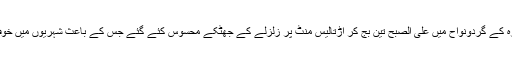
لاہور اور شیخوپورہ کے گردونواح میں علی الصبح تین بج کر اڑتالیس منٹ پر زلزلے کے جھٹکے محسوس کئے گئے جس کے باعث شہریوں میں خوف وہراس پھیل گیا۔